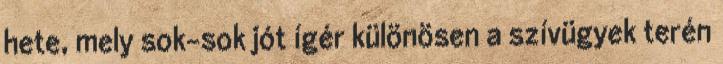
hete, mely sok-sok jót ígér különösen a szívügyek terén